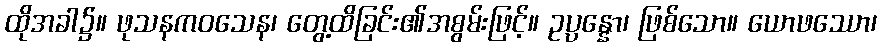
ထိုအခါ၌။ ဖုသနကဝသေန၊ တွေ့ထိခြင်း၏အစွမ်းဖြင့်။ ဥပ္ပန္နော၊ ဖြစ်သော။ ယောဖဿော၊